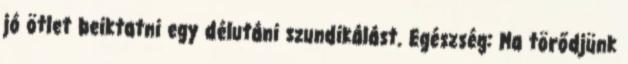
jó ötlet beiktatni egy délutáni szundikálást. Egészség: Ma törődjünk